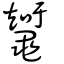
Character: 䵹